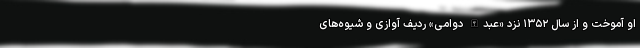
او آموخت و از سال ۱۳۵۲ نزد «عبدالله دوامی» ردیف آوازی و شیوه‌های